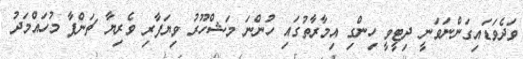
ވަދެވަޑައިގަންނަވަނީ ދިޓީވީ ހިންގި އިމާރާތުގައި ހުންނަ މަޝްހޫރު ވިޔަފާރި ވެރިޔާ ޗަންޕާ މުހައްމަދު